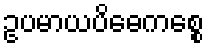
ဥပမာယပိဓေကစ္စေ